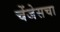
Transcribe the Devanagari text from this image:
चेंजेसचा